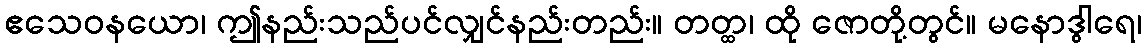
ဧသေဝနယော၊ ဤနည်းသည်ပင်လျှင်နည်းတည်း။ တတ္ထ၊ ထို ဇောတို့တွင်။ မနောဒွါရေ၊